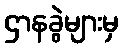
ဌာနခွဲများမှ